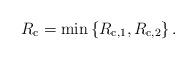
LaTeX: \begin{align*}R_{\mathrm{c}}=\min\left\{R_{\mathrm{c},1},R_{\mathrm{c},2}\right\}.\end{align*}